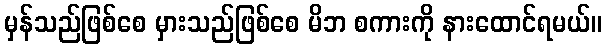
မှန်သည်ဖြစ်စေ မှားသည်ဖြစ်စေ မိဘ စကားကို နားထောင်ရမယ်။